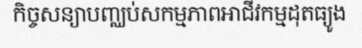
កិច្ចសន្យាបញ្ឈប់សកម្មភាពអាជីវកម្មដុតធ្យូង